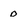
Character: 0